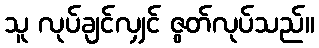
သူ လုပ်ချင်လျှင် ဇွတ်လုပ်သည်။